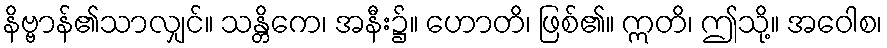
နိဗ္ဗာန်၏သာလျှင်။ သန္တိကေ၊ အနီး၌။ ဟောတိ၊ ဖြစ်၏။ ဣတိ၊ ဤသို့။ အဝေါစ၊